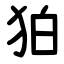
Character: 狛